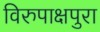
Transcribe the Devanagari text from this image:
विरुपाक्षपुरा